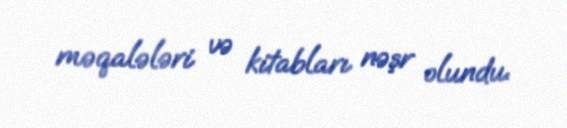
məqalələri və kitabları nəşr olundu.